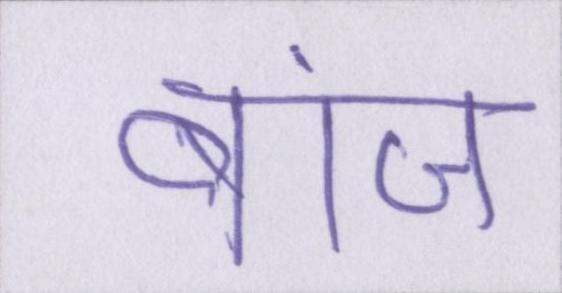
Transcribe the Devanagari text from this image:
बांज